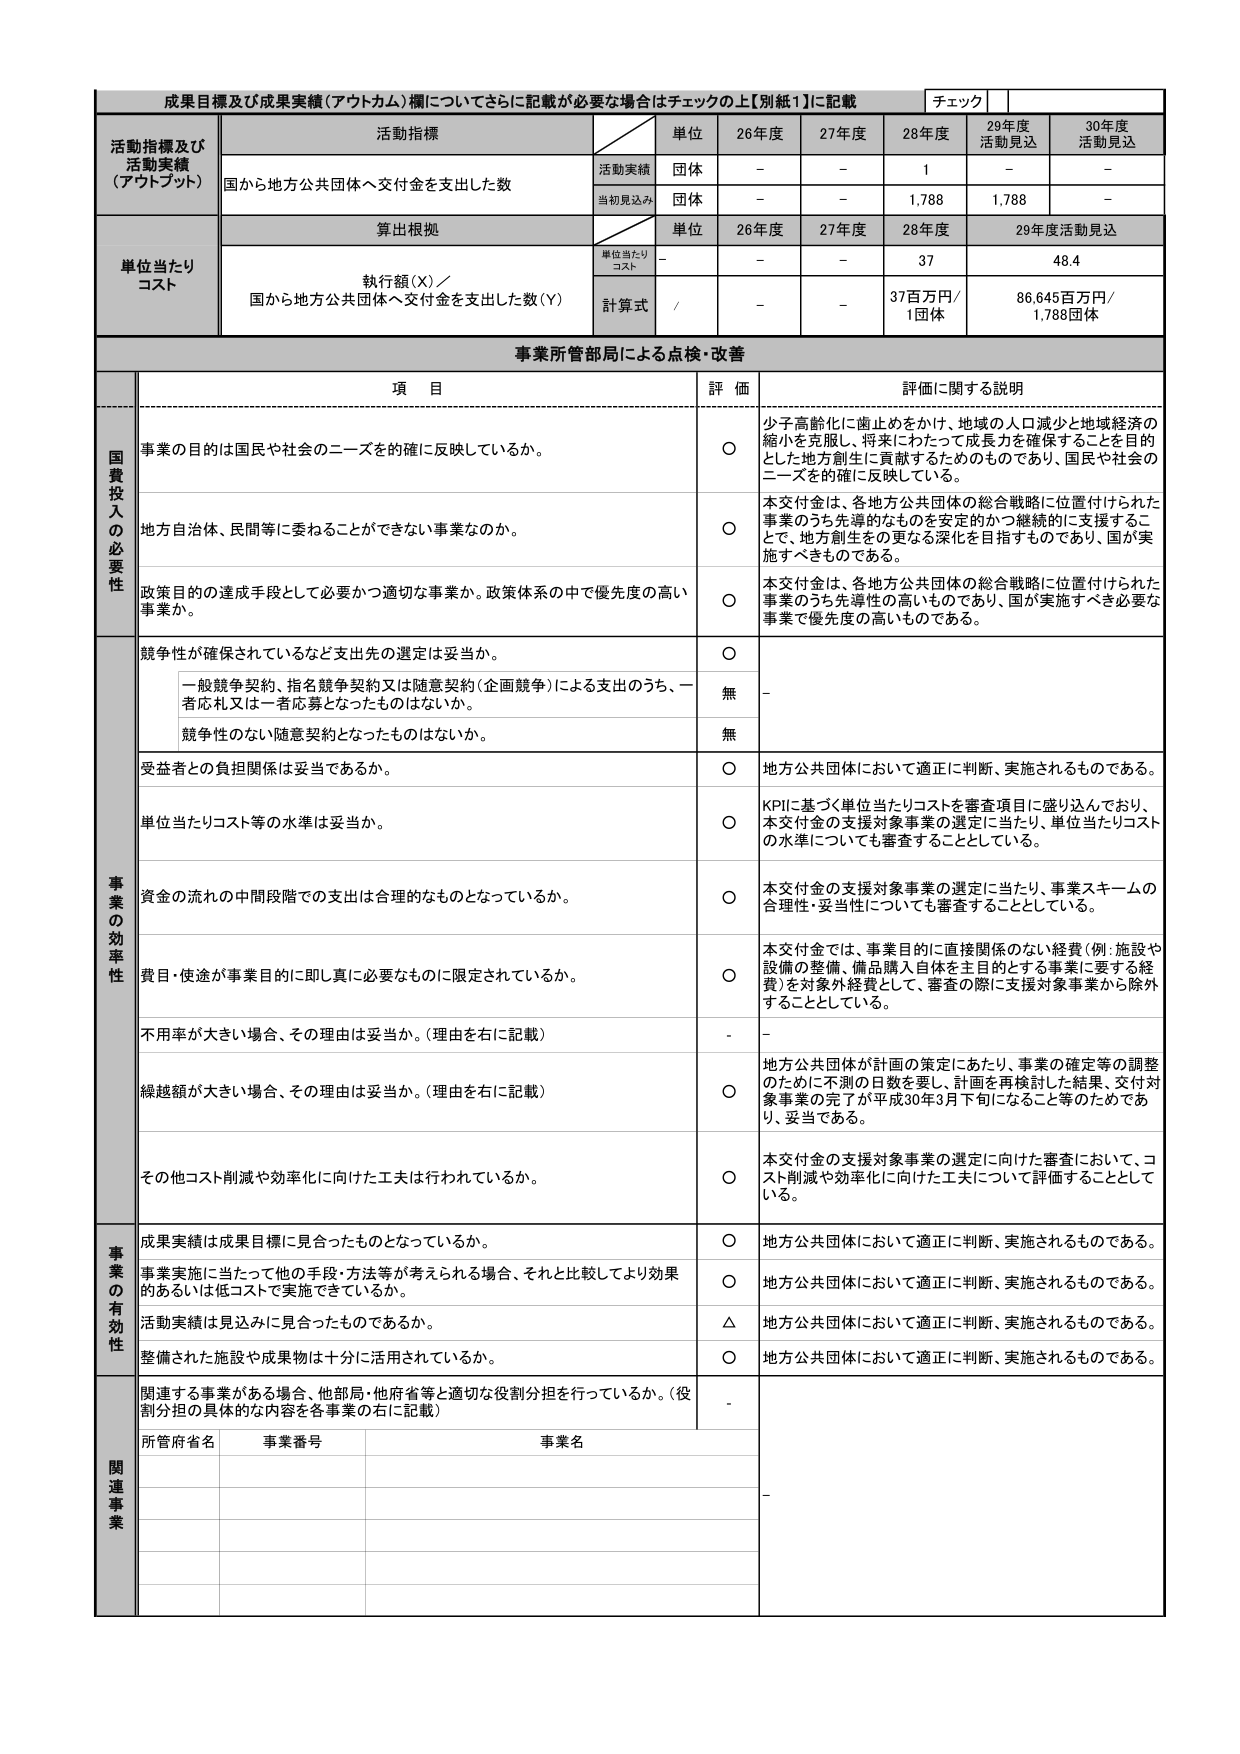
成果目標及び成果実績（アウトカム）欄についてさらに記載が必要な場合はチェックの上【別紙1】に記載

チェック

活動指標及び
活動実績
（アウトプット）

活動指標

単位

26年度

27年度

28年度

29年度
活動見込

30年度
活動見込

国から地方公共団体へ交付金を支出した数

活動実績

団体

－

－

1

－

－

当初見込み

団体

－

－

1,788

1,788

－

単位当たり
コスト

算出根拠

単位

26年度

27年度

28年度

29年度活動見込

執行額（X）／
国から地方公共団体へ交付金を支出した数（Y）

単位当たり
コスト

－

－

－

37

48.4

計算式

／

－

－

37百万円／
1団体

86,645百万円／
1,788団体

事業所管部局による点検・改善

項 目

評 価

評価に関する説明

国費投入の必要性

事業の目的は国民や社会のニーズを的確に反映しているか。

○

少子高齢化に歯止めをかけ、地域の人口減少と地域経済の縮小を克服し、将来にわたって成長力を確保することを目的とした地方創生に貢献するためのものであり、国民や社会のニーズを的確に反映している。

地方自治体、民間等に委ねることができない事業なのか。

○

本交付金は、各地方公共団体の総合戦略に位置付けられた事業のうち先導的なものを安定的かつ継続的に支援することで、地方創生をの更なる深化を目指すものであり、国が実施すべきものである。

政策目的の達成手段として必要かつ適切な事業か。政策体系の中で優先度の高い事業か。

○

本交付金は、各地方公共団体の総合戦略に位置付けられた事業のうち先導性の高いものであり、国が実施すべき必要な事業で優先度の高いものである。

事業の効率性

競争性が確保されているなど支出先の選定は妥当か。

○

一般競争契約、指名競争契約又は随意契約（企画競争）による支出のうち、一者応札又は一者応募となったものはないか。

無

－

競争性のない随意契約となったものはないか。

無

受益者との負担関係は妥当であるか。

○

地方公共団体において適正に判断、実施されるものである。

単位当たりコスト等の水準は妥当か。

○

KPIに基づく単位当たりコストを審査項目に盛り込んでおり、本交付金の支援対象事業の選定に当たり、単位当たりコストの水準についても審査することとしている。

資金の流れの中間段階での支出は合理的なものとなっているか。

○

本交付金の支援対象事業の選定に当たり、事業スキームの合理性・妥当性についても審査することとしている。

費目・使途が事業目的に即し真に必要なものに限定されているか。

○

本交付金では、事業目的に直接関係のない経費（例：施設や設備の整備、備品購入自体を主目的とする事業に要する経費）を対象外経費として、審査の際に支援対象事業から除外することとしている。

不用率が大きい場合、その理由は妥当か。（理由を右に記載）

－

－

繰越額が大きい場合、その理由は妥当か。（理由を右に記載）

○

地方公共団体が計画の策定にあたり、事業の確定等の調整のために不測の日数を要し、計画を再検討した結果、交付対象事業の完了が平成30年9月下旬になること等のためであり、妥当である。

その他コスト削減や効率化に向けた工夫は行われているか。

○

本交付金の支援対象事業の選定に向けた審査において、コスト削減や効率化に向けた工夫について評価することとしている。

事業の有効性

成果実績は成果目標に見合ったものとなっているか。

○

地方公共団体において適正に判断、実施されるものである。

事業実施に当たって他の手段・方法等が考えられる場合、それと比較してより効果的あるいは低コストで実施できているか。

○

地方公共団体において適正に判断、実施されるものである。

活動実績は見込みに見合ったものであるか。

△

地方公共団体において適正に判断、実施されるものである。

整備された施設や成果物は十分に活用されているか。

○

地方公共団体において適正に判断、実施されるものである。

関連事業

関連する事業がある場合、他部局・他府省等と適切な役割分担を行っているか。（役割分担の具体的な内容を各事業の右に記載）

－

所管府省名

事業番号

事業名

－